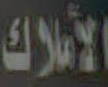
الأملاك